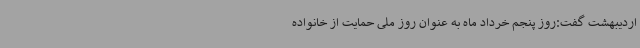
اردیبهشت گفت:روز پنجم خرداد ماه به عنوان روز ملی حمایت از خانواده